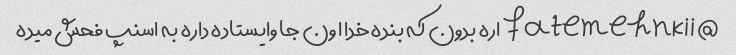
@fatemehnkii اره بدون که بنده خدا اون جا وایستاده داره به اسنپ فحش میده